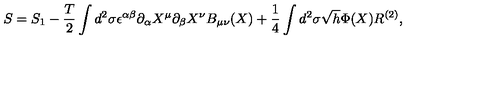
S = S _ { 1 } - \frac { T } { 2 } \int d ^ { 2 } \sigma \epsilon ^ { \alpha \beta } \partial _ { \alpha } X ^ { \mu } \partial _ { \beta } X ^ { \nu } B _ { \mu \nu } ( X ) + \frac { 1 } { 4 } \int d ^ { 2 } \sigma \sqrt { h } \Phi ( X ) R ^ { ( 2 ) } ,